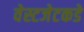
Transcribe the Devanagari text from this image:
वेस्टजेटकडे